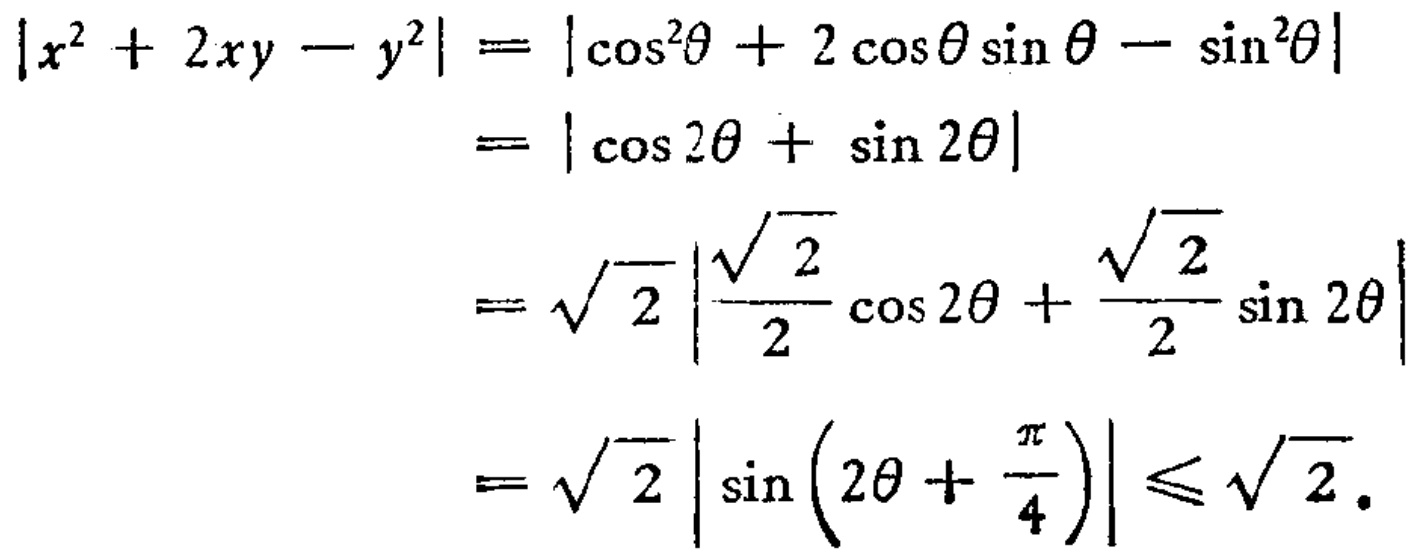
\[

\begin{align*}

\left|x^{2}+2xy - y^{2}\right|&=\left|\cos^{2}\theta + 2\cos\theta\sin\theta-\sin^{2}\theta\right|\\

&=\left|\cos 2\theta+\sin 2\theta\right|\\

&=\sqrt{2}\left|\frac{\sqrt{2}}{2}\cos 2\theta+\frac{\sqrt{2}}{2}\sin 2\theta\right|\\

&=\sqrt{2}\left|\sin\left(2\theta+\frac{\pi}{4}\right)\right|\leq\sqrt{2}.

\end{align*}

\]